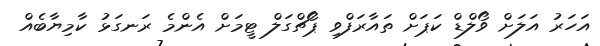
އަހަރު އަލަށް ވޯލްޑް ކަޕަށް ތައާރަފްވި ޕޯޗްގަލް ޓީމަށް އެންމެ ރަނގަޅު ކާމިޔާބެއް